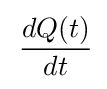
\,{\frac {dQ(t)}{dt}}